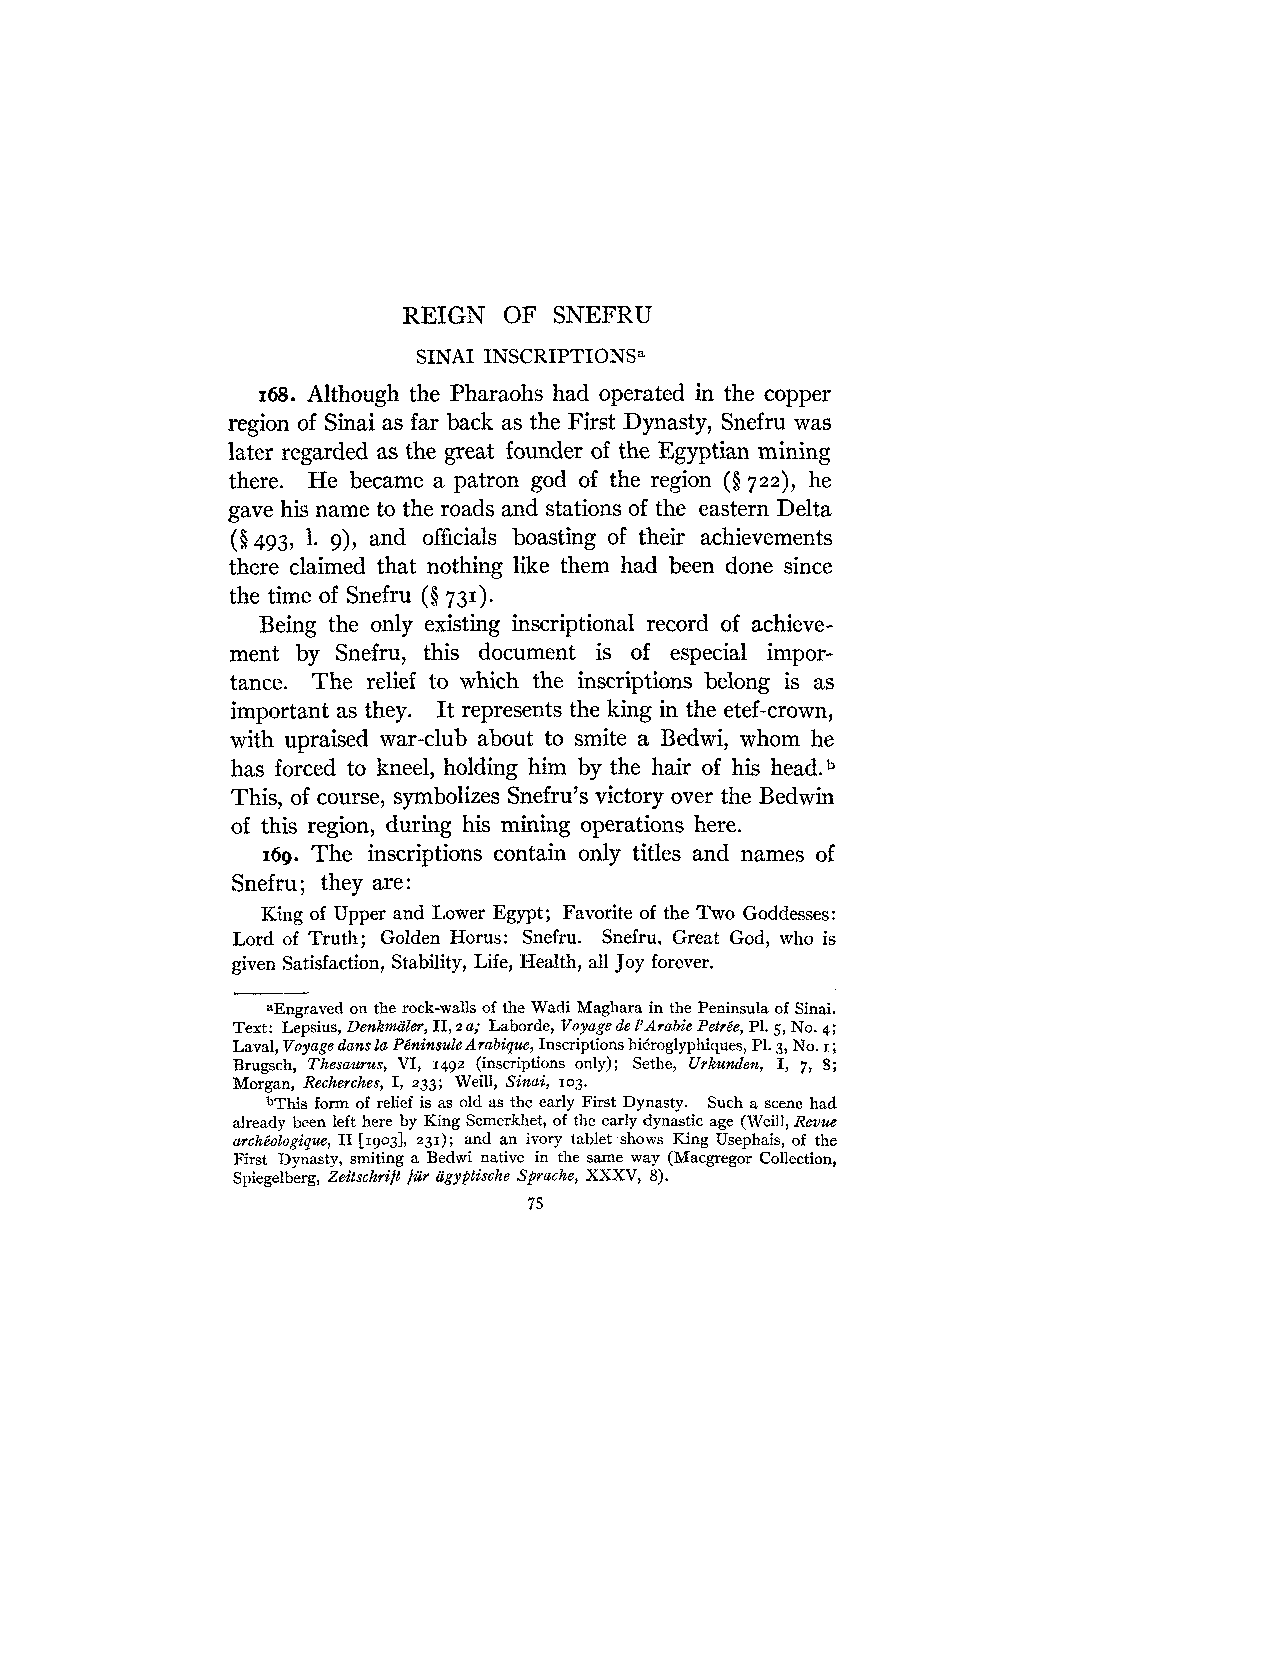
REIGN OF  SNEFRU
 SINAI INSCRIPTIONSa
 168. Although the Pharaohs had operated in the copper
 region of Sinai as far back as the First Dynasty, Snefru was
 later regarded as the great founder of the Egyptian mining
 there. He became a patron god of the region (Q 722), he
 gave his name to the roads and stations of the eastern Delta
 (Q 493, 1. g), and officials boasting of their achievements
 there claimed that nothing like them had been done since
 the time of Snefru (8 731).
 Being the only existing inscriptional record of achieve-
 ment by Snefru, this document is of especial impor-
 tance. The relief to which the inscriptions belong is as
 important as they. It represents the king in the etef-crown,
 with upraised war-club about to smite a Bedwi, whom he
 has forced to kneel, holding him by the hair of his head.b
 This, of course, symbolizes Snefru's victory over the Bedwin
 of this region, during his mining operations here.
 169. The inscriptions contain only titles and names of
 Snefru; they are:
 King of Upper and Lower Egypt; Favorite of the Two Goddesses:
 Lord of Truth; Golden Horus: Snefru. Snefru, Great God, who is
 given Satisfaction, Stability, Life, Health, all Joy forever.
 aEngraved on the rock-walls of the Wadi Maghara in the Peninsula of Sinai.
 Text: Lepsius, Denkmaler, II,2 a; Laborde, Voyage de PArabie Petrbe, P1.5, No. 4;
 Laval, Voyage duns la P6ninsule Arabique, Inscriptions hi&roglyphiquesP, 1.3, No. I ;
 Brugsch, Thesaurus, VI, 1492 (inscriptions only); Sethe, Urkunden, I, 7, 5;
 Morgan, Recherches, I, 233; Weill, Sinai, 103.
 bThis form of relief is as old as the early First Dynasty. Such a scene had
 already been left here by King Semerkhet, of the early dynastic age (Weill, Revue
 arche?ologique, I1 [1go3], 231); and an ivory tablet shows King Usephais, of the
 First Dynasty, smiting a Bedwi native in the same way (Macgregor Collection,
 Spiegelberg, Zeitschrift filr agyptische Sprache, XXXV, 8).